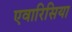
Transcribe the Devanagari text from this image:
एवारिसिया